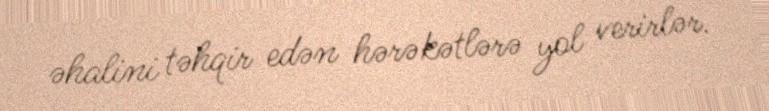
əhalini təhqir edən hərəkətlərə yol verirlər.